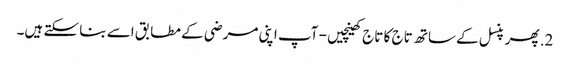
2. پھر پنسل کے ساتھ تاج کا تاج کھینچیں - آپ اپنی مرضی کے مطابق اسے بنا سکتے ہیں۔